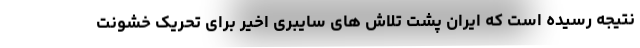
نتیجه رسیده است که ایران پشت تلاش های سایبری اخیر برای تحریک خشونت